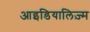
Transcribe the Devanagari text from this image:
आइडियालिज़्म